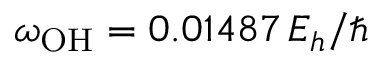
\omega _ { \mathrm { O H } } = 0 . 0 1 4 8 7 \, E _ { h } / \hbar